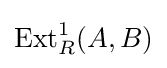
\operatorname {Ext} _{R}^{1}(A,B)